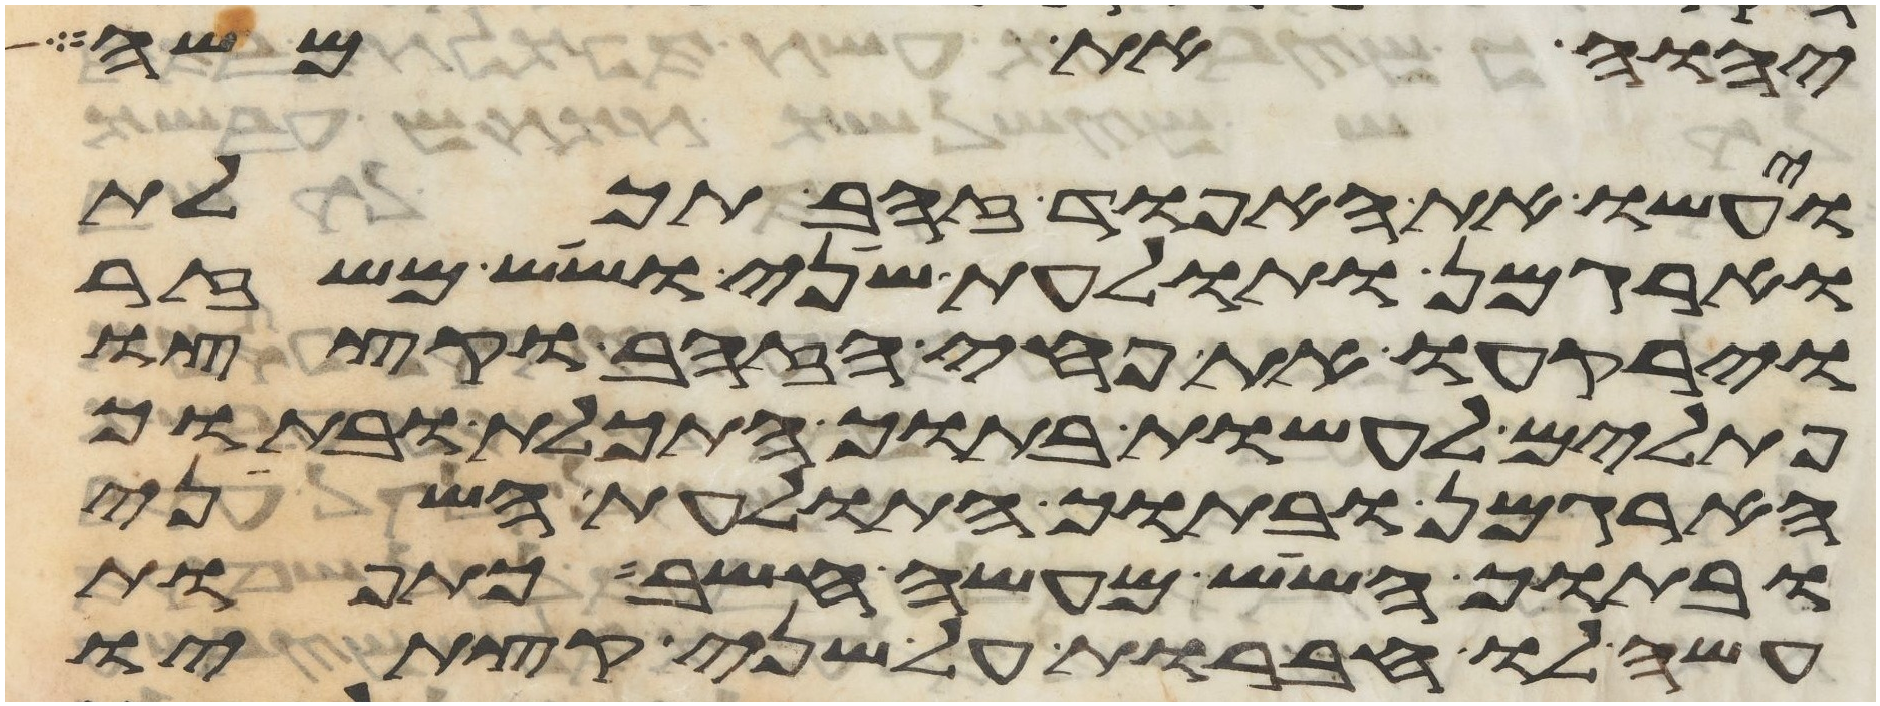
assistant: יהוה את משה
ועשו את האפוד זהב תכלת
וארגמן ותולעת שני ושש משזר
וירקעו את פחי הזהב וקצצו
פתילים לעשות בתוך התכלת ובתוך
הארגמן ובתוך התולעת השני
ובתוך השש מעשה חשב כתפות
עשה לו חברות על שני קצתיו